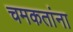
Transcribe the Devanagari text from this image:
चमकतांना